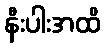
နီးပါးအထိ